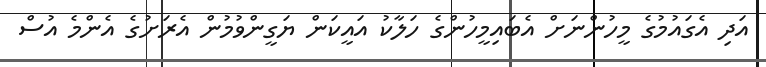
އަދި އެގައުމުގެ މީހުންނަށް އެބައިމީހުންގެ ހަލާކު އައީކަން ޔަގީންވުމުން އެރަށުގެ އެންމެ އުސް